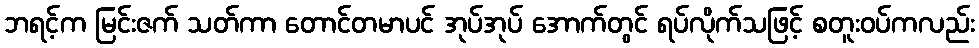
ဘရင့်က မြင်းဇက် သတ်ကာ တောင်တမာပင် အုပ်အုပ် အောက်တွင် ရပ်လိုက်သဖြင့် စတူးဝပ်ကလည်း